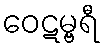
ဝေဋမ္ဗရီ